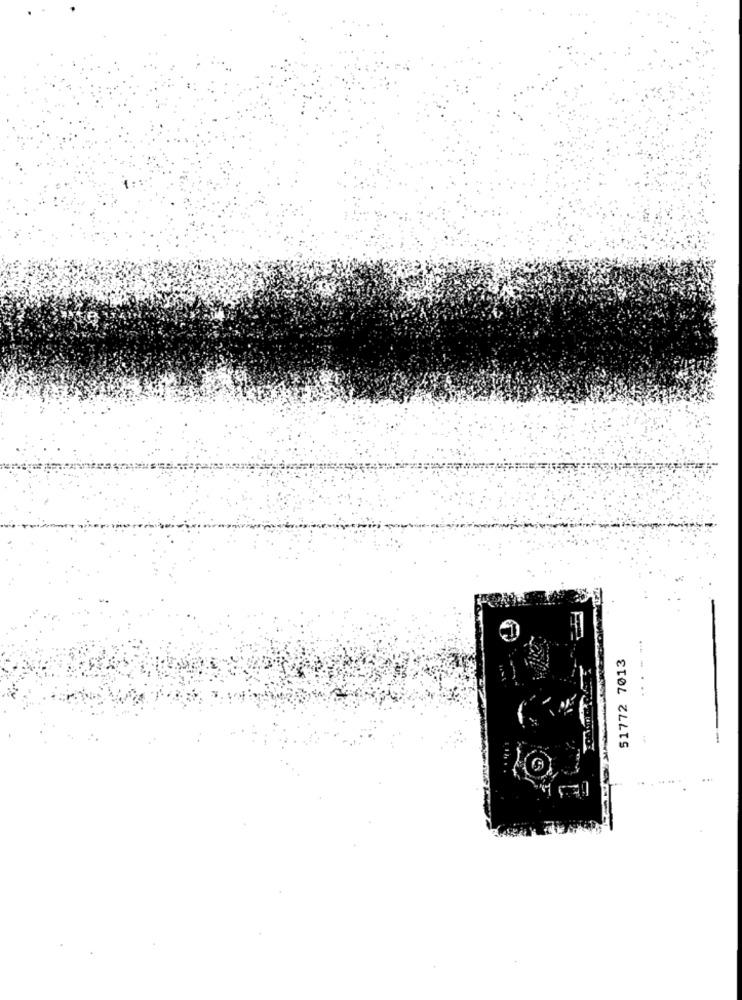
51772 7013